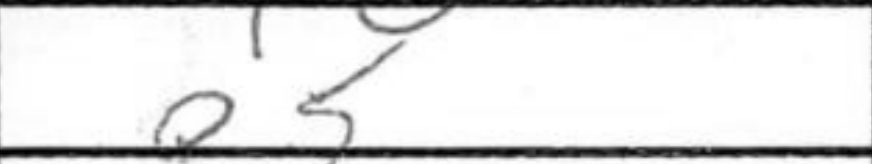
Transcription: e5